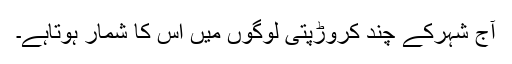
آج شہرکے چند کروڑپتی لوگوں میں اس کا شمار ہوتاہے۔